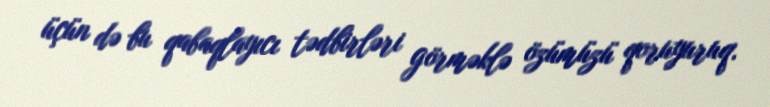
üçün də bu qabaqlayıcı tədbirləri görməklə özümüzü qoruyuruq.